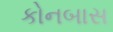
કોનબાસ